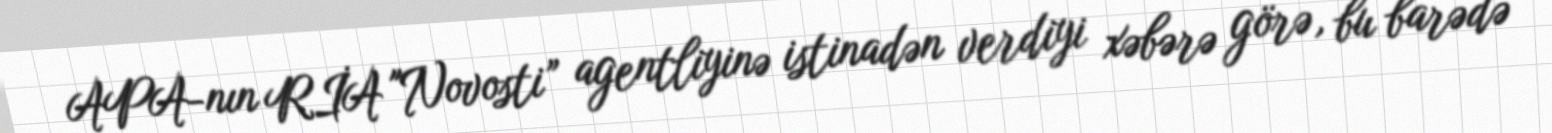
APA-nın RİA "Novosti” agentliyinə istinadən verdiyi xəbərə görə, bu barədə